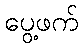
ပွေ့ဖက်